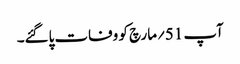
آپ 51؍مارچ کو وفات پاگئے۔